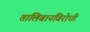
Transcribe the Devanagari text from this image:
तालिबानविरोधी